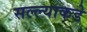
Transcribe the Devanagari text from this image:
सल्ल्याकडे